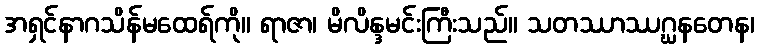
အရှင်နာဂသိန်မထေရ်ကို။ ရာဇာ၊ မိလိန္ဒမင်းကြီးသည်။ သတဿာဿဂ္ဃနတေန၊